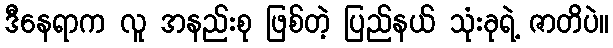
ဒီနေရာက လူ အနည်းစု ဖြစ်တဲ့ ပြည်နယ် သုံးခုရဲ့ ဇာတိပဲ။